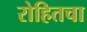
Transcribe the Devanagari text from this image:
रोहितचा